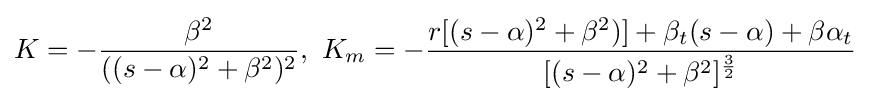
K=-{\beta ^{2} \over ((s-\alpha )^{2}+\beta ^{2})^{2}},\,\,K_{m}=-{r[(s-\alpha )^{2}+\beta ^{2})]+\beta _{t}(s-\alpha )+\beta \alpha _{t} \over [(s-\alpha )^{2}+\beta ^{2}]^{\frac {3}{2}}}